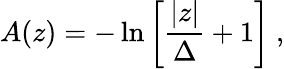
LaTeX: A(z)=-\ln\left[{\frac{|z|}{\Delta}}+1\right]~,